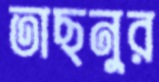
তাছনুর